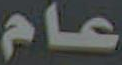
عام